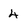
Character: 4